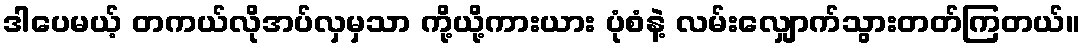
ဒါပေမယ့် တကယ်လိုအပ်လှမှသာ ကို့ယို့ကားယား ပုံစံနဲ့ လမ်းလျှောက်သွားတတ်ကြတယ်။